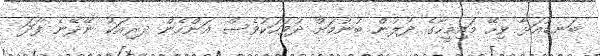
ބަނޑުއަޅާ ވިހޭ މައިމީހާގެ ދުލުން ބުނުމަށް ދުވަހަކުވެސް އަންހެން ދރިއަކު ނޭދޭނެ ފަދަ